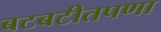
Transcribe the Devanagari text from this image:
बटबटीतपणा